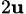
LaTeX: _{2\mathbf{u}}